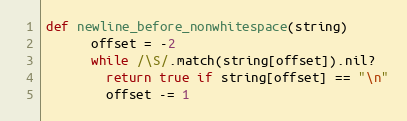
Language: Ruby
def newline_before_nonwhitespace(string)
      offset = -2
      while /\S/.match(string[offset]).nil?
        return true if string[offset] == "\n"
        offset -= 1